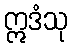
ဣဒံသု